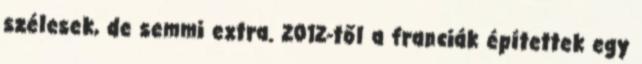
szélesek, de semmi extra. 2012-től a franciák építettek egy